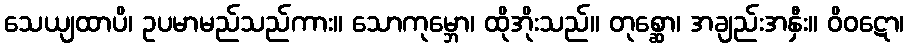
သေယျထာပိ၊ ဥပမာမည်သည်ကား။ သောကုမ္ဘော၊ ထိုအိုးသည်။ တုစ္ဆော၊ အချည်းအနှီး။ ဝိဝဋော၊